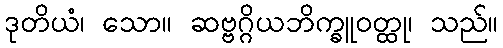
ဒုတိယံ၊ သော။ ဆဗ္ဗဂ္ဂိယဘိက္ခူဝတ္ထု၊ သည်။